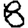
Digit: 8